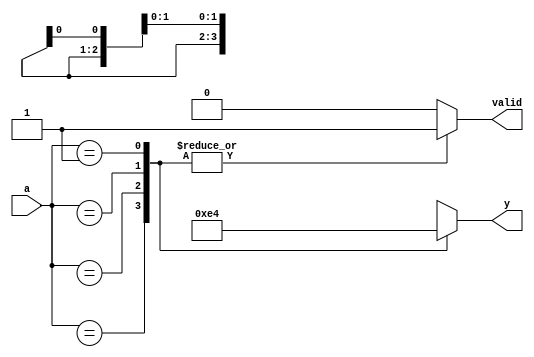
`timescale 1ns / 1ps
//////////////////////////////////////////////////////////////////////////////////
// Company: 
// Engineer: 
// 
// Design Name: 
// Module Name: priority
// Project Name: 
// Target Devices: 
// Tool Versions: 
// Description: 
// 
// Dependencies: 
// 
// Revision:
// Revision 0.01 - File Created
// Additional Comments:
// 
//////////////////////////////////////////////////////////////////////////////////


module priority(a, y, valid);
    input [3:0] a;
    output reg [1:0] y;
    output reg valid;
    always@(*)begin
        valid =1;
        case(a)
            4'b1xxx : y=2'b11;
            4'b01xx : y=2'b10;
            4'b001x : y=2'b01;
            4'b0001 : y=2'b00;
            default : begin
                y=2'bx;
                valid=0;
            end
        endcase
    end
endmodule